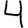
Digit: 4